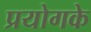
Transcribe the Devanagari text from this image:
प्रयोगके